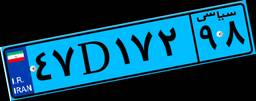
۳۸D۹۷۹۷۲